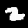
Label: 2